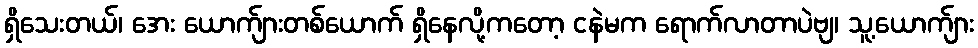
ရှိသေးတယ်၊ အေး ယောက်ျားတစ်ယောက် ရှိနေလို့ကတော့ ငနဲမက ရောက်လာတာပဲဗျ၊ သူ့ယောက်ျား